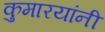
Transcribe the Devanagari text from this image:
कुमारयांनी